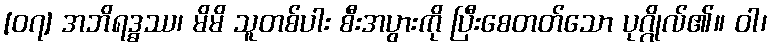
[၀၇] အဘိရဒ္ဓဿ၊ မိမိ သူတစ်ပါး စီးအပွားကို ပြီးစေတတ်သော ပုဂ္ဂိုလ်၏။ ဝါ၊